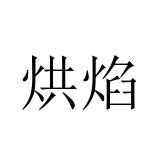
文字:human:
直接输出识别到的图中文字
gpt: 烘焰